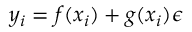
y _ { i } = f ( x _ { i } ) + g ( x _ { i } ) \epsilon